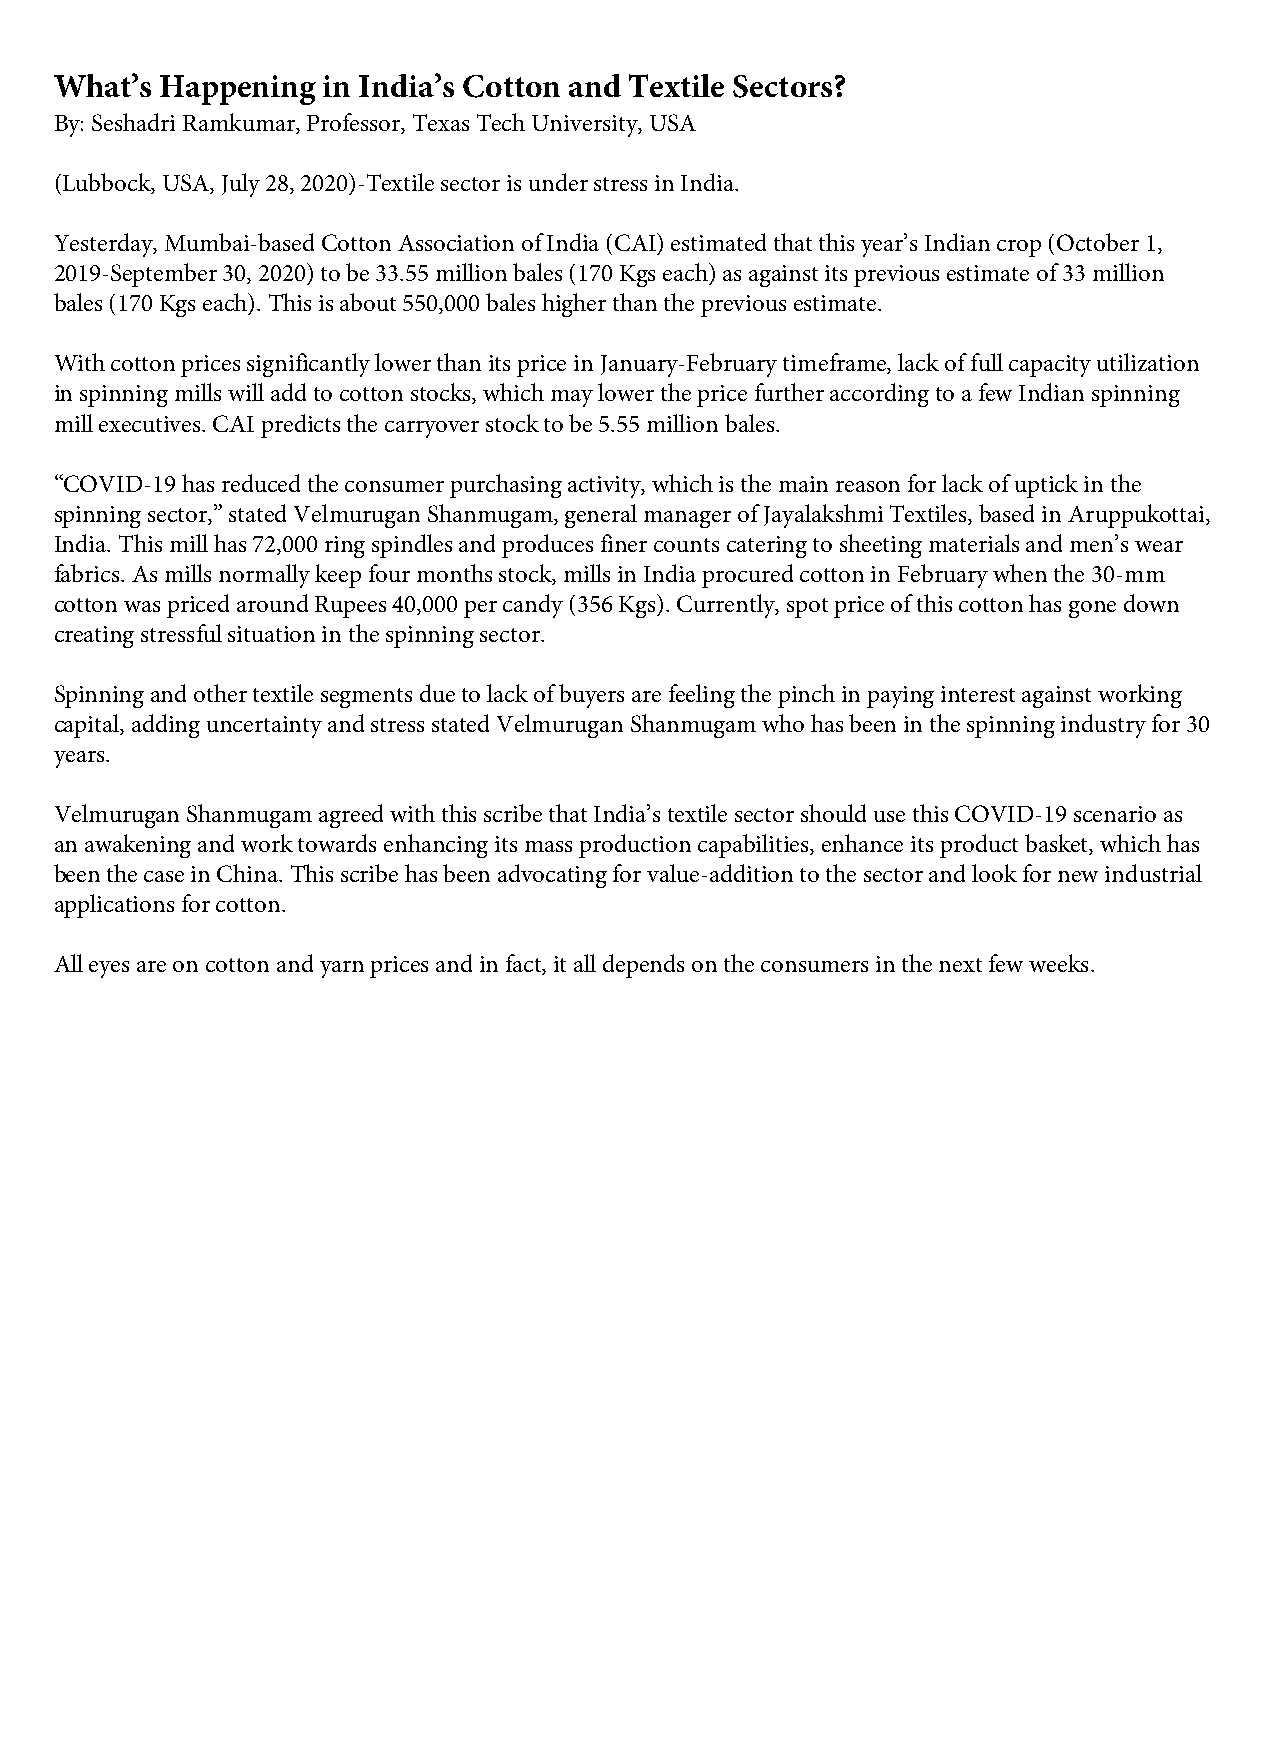
What’s Happening in India’s Cotton and Textile Sectors?
 By: Seshadri Ramkumar, Professor, Texas Tech University, USA
 (Lubbock, USA, July 28, 2020)-Textile sector is under stress in India.
 Yesterday, Mumbai-based Cotton Association of India (CAI) estimated that this year’s Indian crop (October 1,
 2019-September 30, 2020) to be 33.55 million bales (170 Kgs each) as against its previous estimate of 33 million
 bales (170 Kgs each). This is about 550,000 bales higher than the previous estimate.
 With cotton prices significantly lower than its price in January-February timeframe, lack of full capacity utilization
 in spinning mills will add to cotton stocks, which may lower the price further according to a few Indian spinning
 mill executives. CAI predicts the carryover stock to be 5.55 million bales.
 “COVID-19 has reduced the consumer purchasing activity, which is the main reason for lack of uptick in the
 spinning sector,” stated Velmurugan Shanmugam, general manager of Jayalakshmi Textiles, based in Aruppukottai,
 India. This mill has 72,000 ring spindles and produces finer counts catering to sheeting materials and men’s wear
 fabrics. As mills normally keep four months stock, mills in India procured cotton in February when the 30-mm
 cotton was priced around Rupees 40,000 per candy (356 Kgs). Currently, spot price of this cotton has gone down
 creating stressful situation in the spinning sector.
 Spinning and other textile segments due to lack of buyers are feeling the pinch in paying interest against working
 capital, adding uncertainty and stress stated Velmurugan Shanmugam who has been in the spinning industry for 30
 years.
 Velmurugan Shanmugam agreed with this scribe that India’s textile sector should use this COVID-19 scenario as
 an awakening and work towards enhancing its mass production capabilities, enhance its product basket, which has
 been the case in China. This scribe has been advocating for value-addition to the sector and look for new industrial
 applications for cotton.
 All eyes are on cotton and yarn prices and in fact, it all depends on the consumers in the next few weeks.